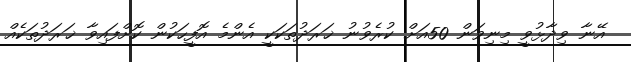
އޭނާ ވިދާޅުވީ މިނިވަން 50އަށް ކުރެވުނު ޚަރަދުތަކަކީ އެންމެ އޮފީހަކުން ކޮށްފައިވާ ޚަރަދުތަކެއް